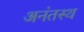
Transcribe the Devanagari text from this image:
अनंतस्थ